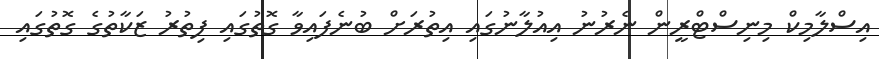
އިސްލާމިކް މިނިސްޓްރީން ނެރުނު އިއުލާނުގައި އިތުރަށް ބުނެފައިވާ ގޮތުގައި ފިތުރު ޒަކާތުގެ ގޮތުގައި